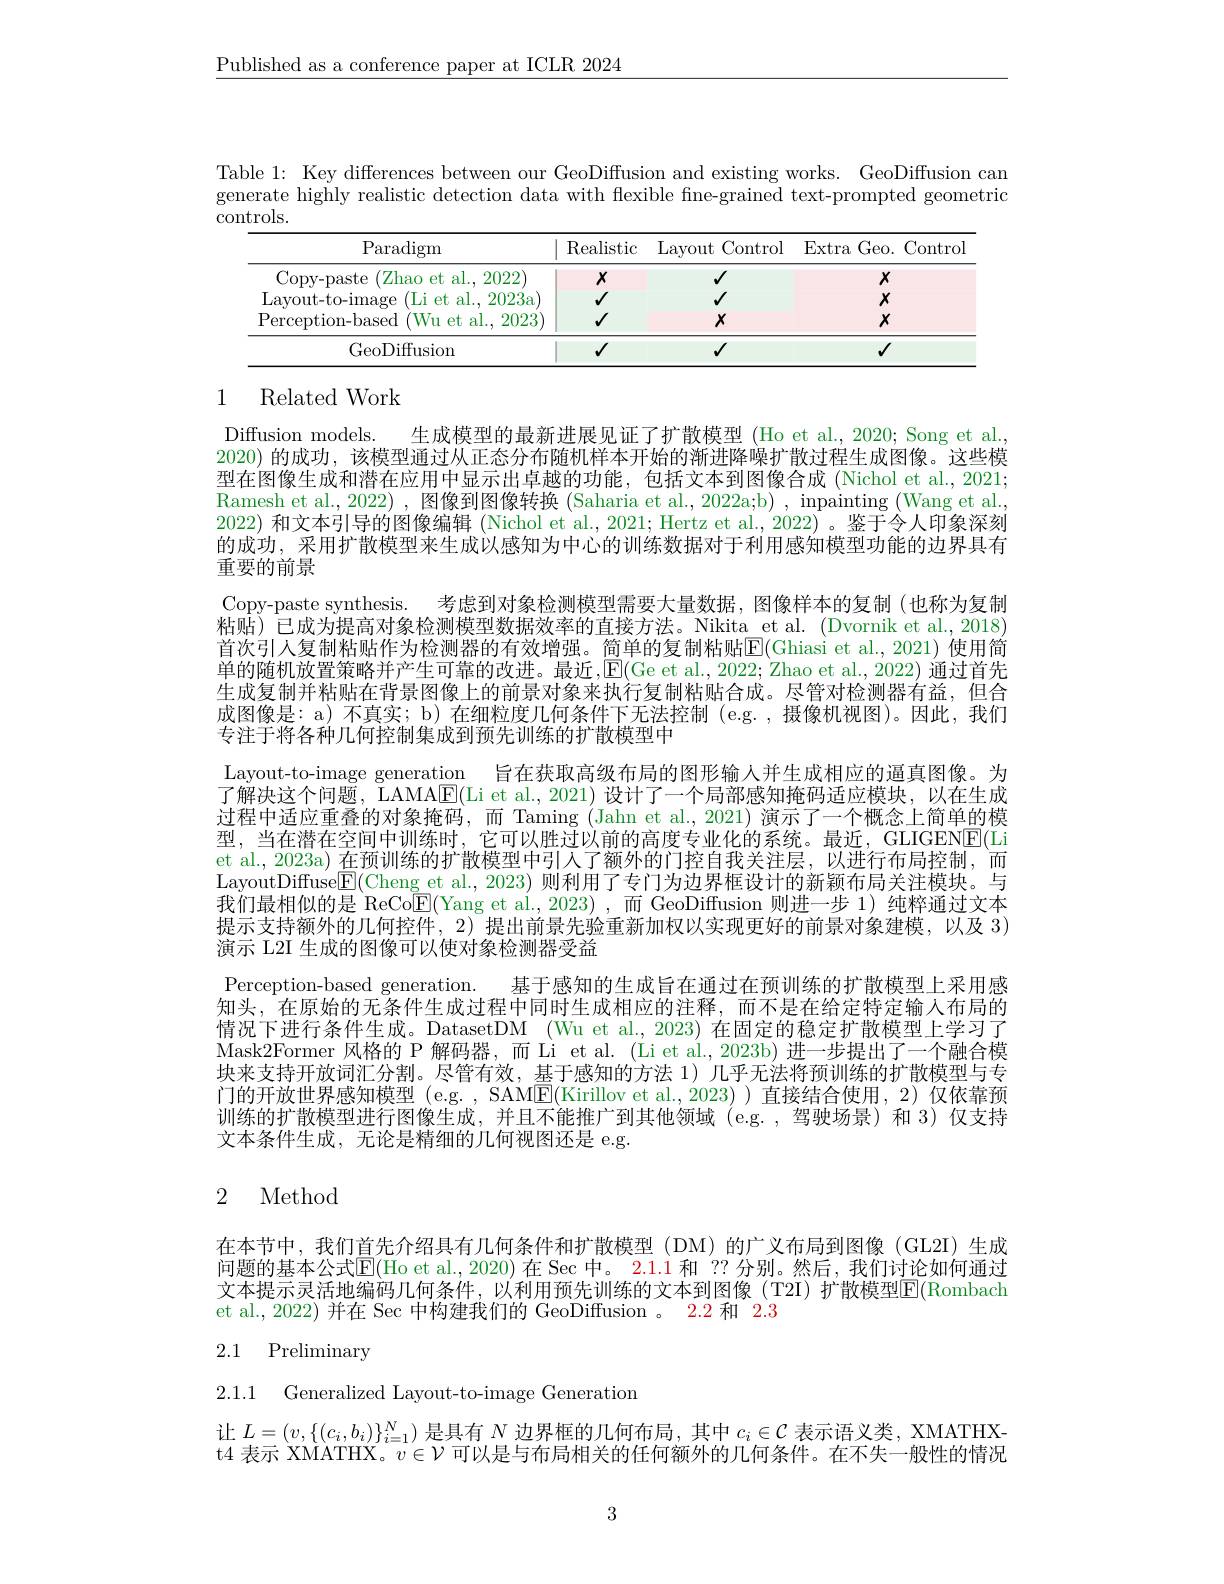
$\underline{\text{Published as a conference paper at ICLR 2024}}$

Table 1: Key differences between our GeoDiffusion and existing works. GeoDiffusion can generate highly realistic detection data with flexible fne-grained text-prompted geometric controls.

<table>
	<tbody>
		<tr>
			<th>Paradigm</th>
			<th>Realistic</th>
			<th>Layout Control</th>
			<th>Extra Geo. Contro]</th>
		</tr>
		<tr>
			<td>Copy- paste $^{\prime}$Zhao et al., 2022)</td>
			<td>$X$</td>
			<td>$√$</td>
			<td>$X$</td>
		</tr>
		<tr>
			<td>Layout- to- image (Li et al., 2023a</td>
			<td>$√$</td>
			<td>$√$</td>
			<td>$X$</td>
		</tr>
		<tr>
			<td>Perception- based (Wu et al., 2023)</td>
			<td>$√$</td>
			<td>$X$</td>
			<td>$X$</td>
		</tr>
		<tr>
			<td>GeoDiffusion</td>
			<td>$√$</td>
			<td>$√$</td>
			<td>$√$</td>
		</tr>
	</tbody>
</table>

## 1 Related Work

Diffusion models.
生成模型的最新进展见证了扩散模型 (Ho et al., 2020; Song et al.,
2020) 的成功，该模型通过从正态分布随机样本开始的渐进降噪扩散过程生成图像。这些模型在图像生成和潜在应用中显示出卓越的功能，包括文本到图像合成 (Nichol et al., 2021; Ramesh et al., 2022) , 图像到图像转换 (Saharia et al., 2022a;b) , inpainting (Wang et al., 2022) 和文本引导的图像编辑 (Nichol et al., 2021; Hertz et al., 2022) 。鉴于令人印象深刻的成功，采用扩散模型来生成以感知为中心的训练数据对于利用感知模型功能的边界具有重要的前景
Copy-paste synthesis. 考虑到对象检测模型需要大量数据，图像样本的复制(也称为复制粘贴)已成为提高对象检测模型数据效率的直接方法。Nikita et al. (Dvornik et al.,2018) 首次引人复制粘贴作为检测器的有效增强。简单的复制粘贴E(Ghiasi et al. , 2021) 使用简单的随机放置策略并产生可靠的改进。最近，$\overline{\mathbb{E}}($Ge et al., 2022; Zhao et al., 2022) 通过首先生成复制并粘贴在背景图像上的前景对象来执行复制粘贴合成。尽管对检测器有益，但合成图像是：a) 不真实；b) 在细粒度几何条件下无法控制 (e.g.,摄像机视图)。因此，我们专注于将各种几何控制集成到预先训练的扩散模型中
Layout-to-image generation 旨在获取高级布局的图形输人并生成相应的逼真图像。为了解决这个问题，LAMA$\boxed{\mathrm{E}}($Li et al.,2021)设计了一个局部感知掩码适应模块，以在生成过程中适应重叠的对象掩码，而 Taming (Jahn et al.,2021) 演示了一个概念上简单的模型，当在潜在空间中训练时，它可以胜过以前的高度专业化的系统。最近，GLIGEN$\boxed{\mathrm{F}}($Li et al., 2023a) 在预训练的扩散模型中引入了额外的门控自我关注层，以进行布局控制，而LayoutDiffuse$\boxed{\mathrm{E}}($Cheng et al., 2023) 则利用了专门为边界框设计的新颖布局关注模块。与我们最相似的是 ReCo$\underline{\mathrm{E}}($Yang et al.,2023),而 GeoDiffusion 则进一步 1)纯粹通过文本提示支持额外的几何控件，2) 提出前景先验重新加权以实现更好的前景对象建模，以及 3) 演示 L2I 生成的图像可以使对象检测器受益
Perception-based generation.
基于感知的生成旨在通过在预训练的扩散模型上采用感
知头，在原始的无条件生成过程中同时生成相应的注释，而不是在给定特定输人布局的情况下进行条件生成。DatasetDM (Wu et al., 2023) 在固定的稳定扩散模型上学习了Mask2Former 风格的 P 解码器，而 Li et al. (Li et al., 2023b) 进一步提出了一个融合模块来支持开放词汇分割。尽管有效，基于感知的方法 1)几乎无法将预训练的扩散模型与专门的开放世界感知模型 (e.g. , SAME(Kirillov et al.,2023))直接结合使用，2)仅依靠预训练的扩散模型进行图像生成，并且不能推广到其他领域 (e.g.,驾驶场景) 和 3) 仅支持文本条件生成，无论是精细的几何视图还是 e.g.

# 2 Method

在本节中，我们首先介绍具有几何条件和扩散模型(DM)的广义布局到图像(GL2I)生成问题的基本公式$\mathbb{E}($Ho et al.,2020)在 Sec 中。2.1.1 和 ?? 分别。然后，我们讨论如何通过文本提示灵活地编码几何条件，以利用预先训练的文本到图像(T2I)扩散模型$\overline{\mathbb{E}}($Rombach et al., 2022) 并在 Sec 中构建我们的 GeoDiffusion 。2.2 和2.3

# 2.1 Preliminary

2.1.1 Generalized Layout-to-image Generation

让$L=(v,\{(c_i,b_i)\}_{i=1}^N)$是具有$N$边界框的几何布局，其中$c_i\in\mathcal{C}$表示语义类，XMATHXt4 表示 XMATHX。$v\in\mathcal{V}$可以是与布局相关的任何额外的几何条件。在不失一般性的情况

3